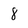
Character: 8